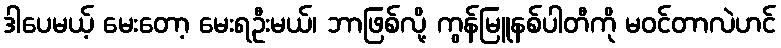
ဒါပေမယ့် မေးတော့ မေးရဦးမယ်၊ ဘာဖြစ်လို့ ကွန်မြူနစ်ပါတီကို မဝင်တာလဲဟင်